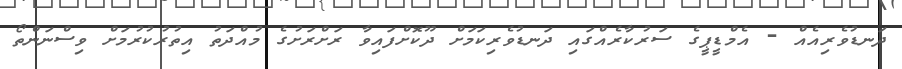
ދަނޑުވެރިއެއް - އެމްޑީޕީގެ ސަރުކާރެއްގައި ދަނޑުވެރިކަމަށް ދޫކޮށްފައިވާ ރަށްރަށުގެ މުއްދަތު އިތުރުކުރުމަށް ވިސްނަންތޯ